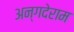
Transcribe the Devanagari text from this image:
अन्गदेराम